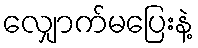
လျှောက်မပြေးနဲ့